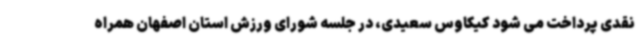
نقدی پرداخت می شود کیکاوس سعیدی، در جلسه شورای ورزش استان اصفهان همراه